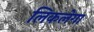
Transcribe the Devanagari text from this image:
लिकलेगा